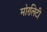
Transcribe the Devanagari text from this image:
मोरलिटी